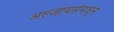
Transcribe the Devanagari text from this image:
अल्जीयर्समधून